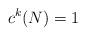
LaTeX: \begin{align*}c^k(N) = 1\end{align*}